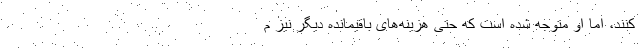
‌کنند، اما او متوجه شده است که حتی هزینه‌های باقیمانده دیگر نیز م